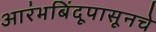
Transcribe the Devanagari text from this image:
आरंभबिंदूपासूनचे